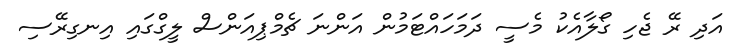
އަދި ރޭ ޖެހި ގޯލާއެކު މެސީ ދަމަހައްޓަމުން އަންނަ ޗެމްޕިއަންސް ލީގްގައި އިނގިރޭސި